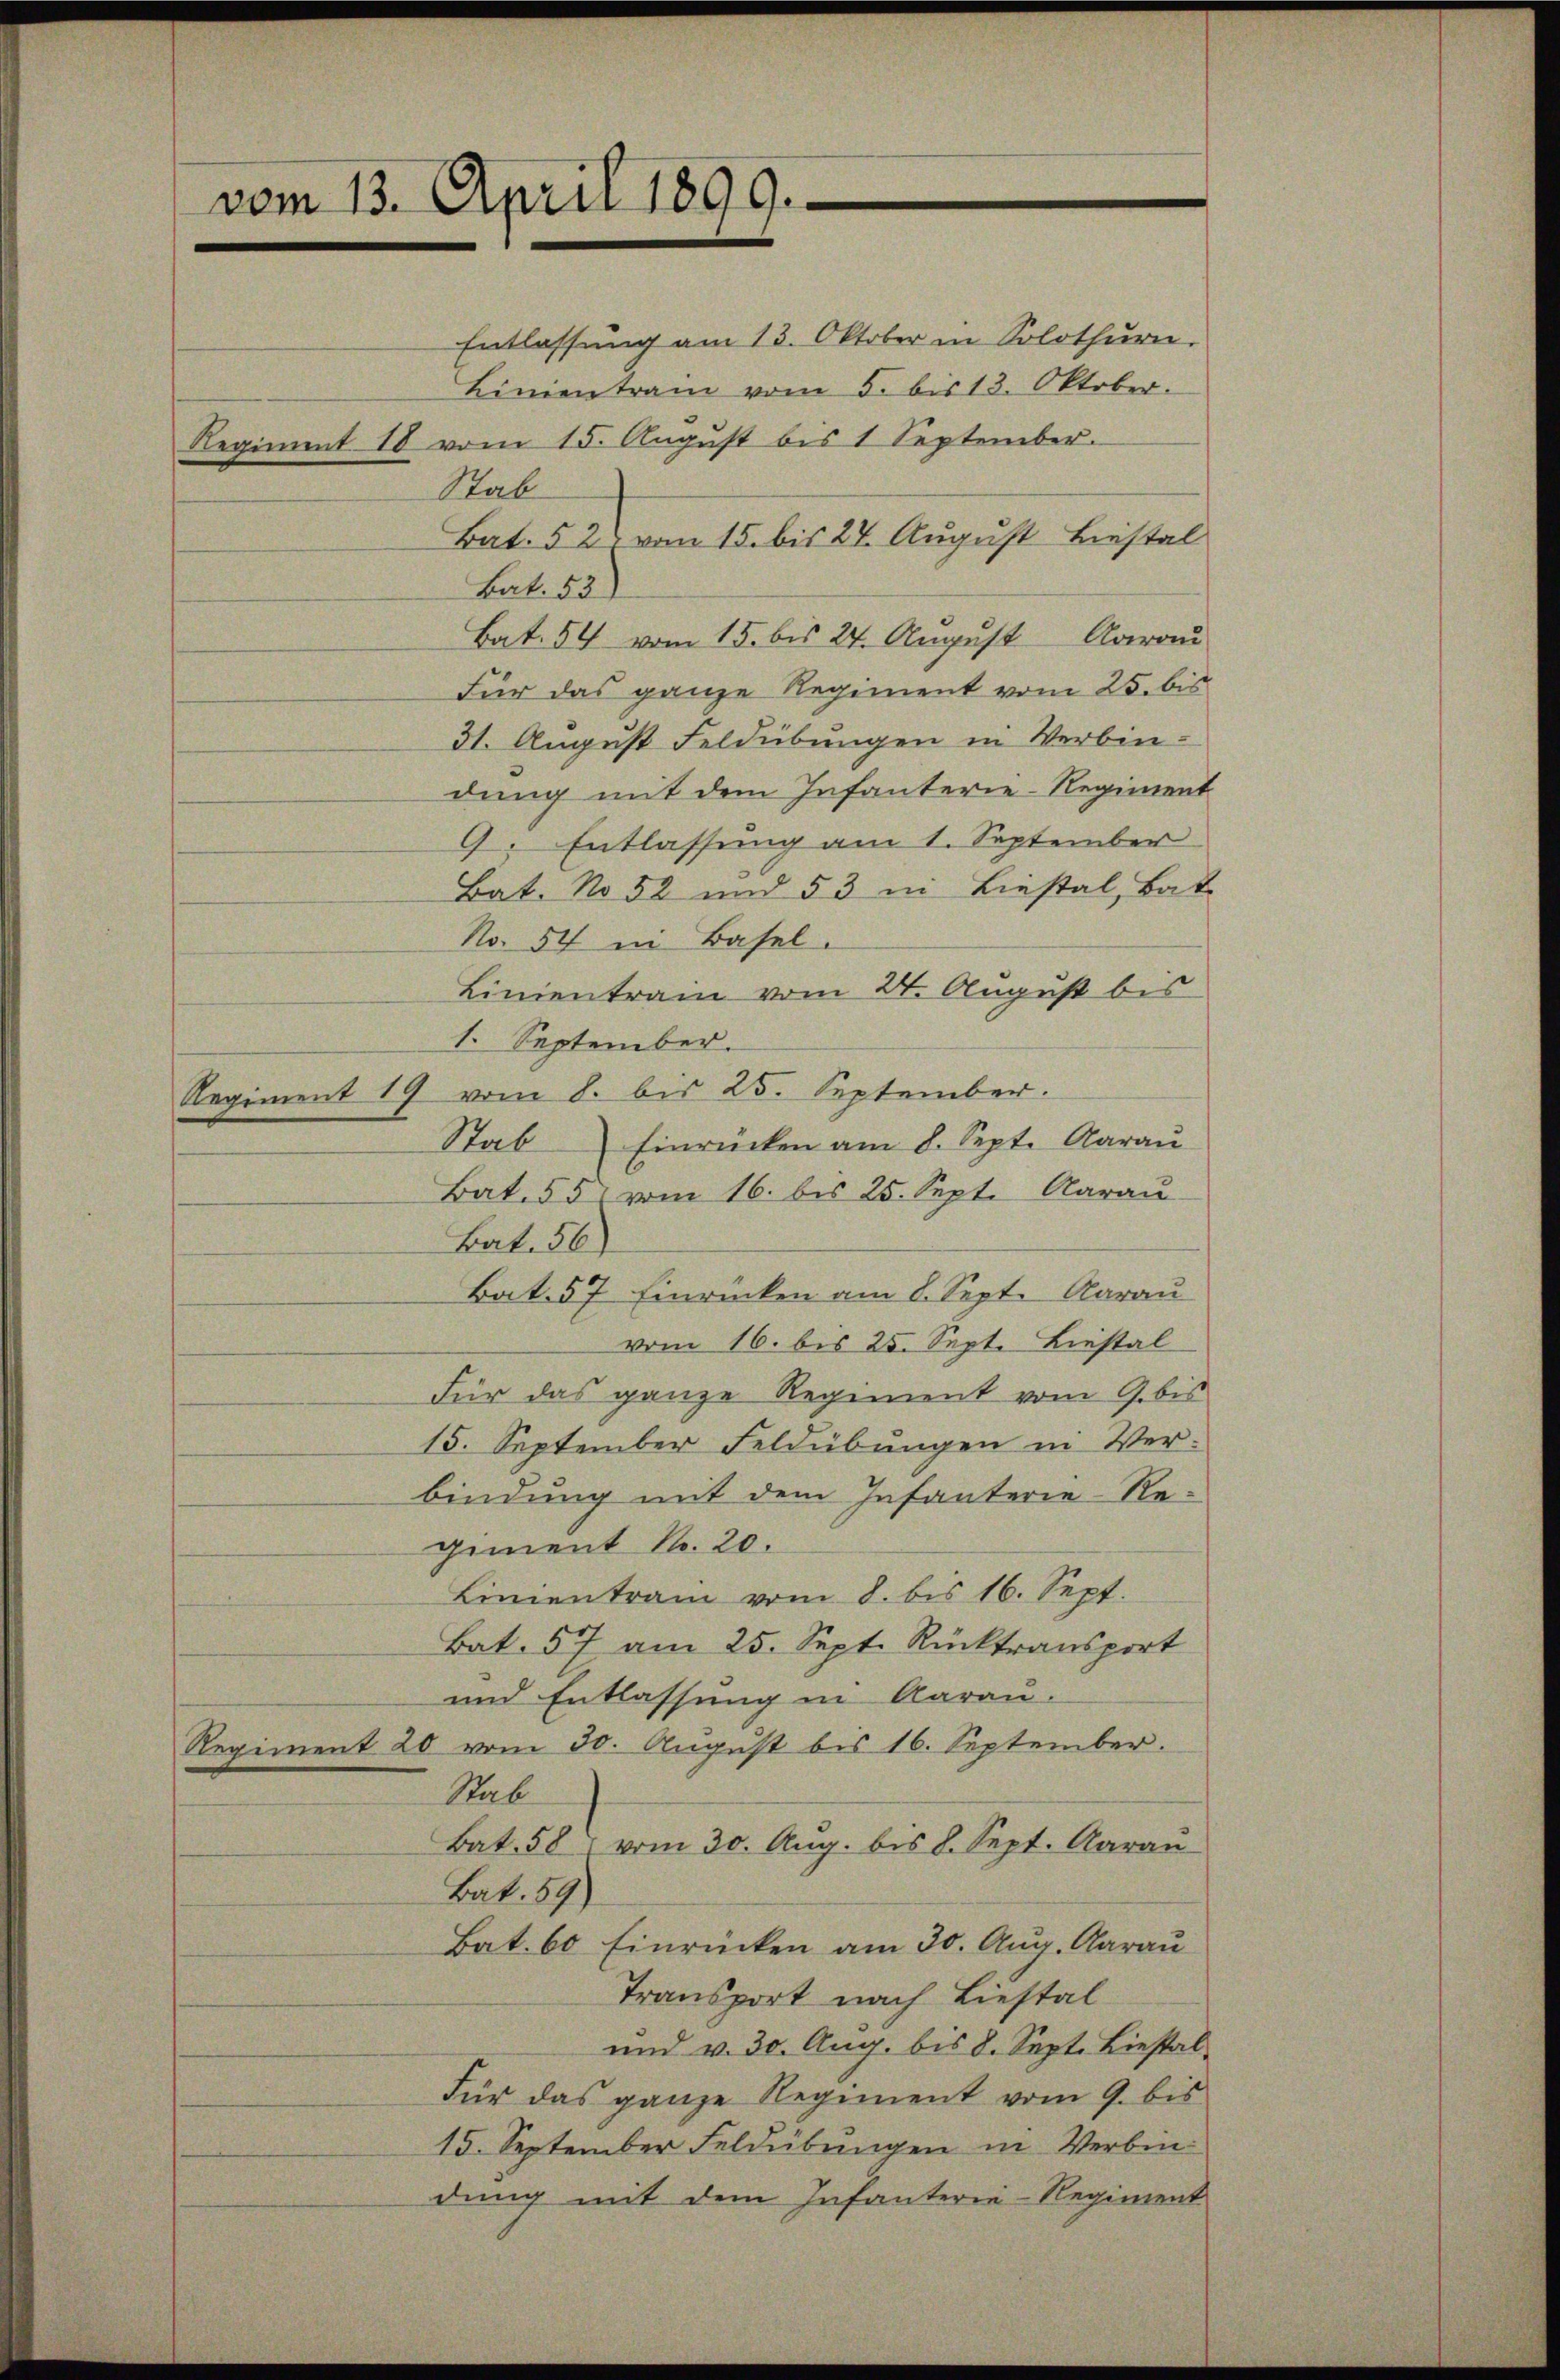
vom 13. April 1899.

Entlassung am 13. Oktober in Solothurn.
Linientram vom 5. bis 13. Oktober.
Regiment 18 vom 15. Aŭgŭst bis 1 September.
Stab
Bat. 52, vom 15. bis 27. August Liestal
Bat. 52)
Bat. 54 vom 15. bis 24. August Aarau
Für das ganze Regiment vom 25. bis
31. August Feldübungen in Verbindung mit dem Infanterie-Regiment
9. Entlassung am 1. September
Bat. No 52 und 53 in Liestal, Bat
No. 54 in Basel.
Linientrain vom 24. August bis
1. September.
Regiment 19 vom 8. bis 25. September.
Stab Einrücken am 8. Sept. Aarau
Bat. 551 vom 16. bis 25. Sept. Aarau
Bat. 56)
Bat. 57. Einrücken am 8. Sept. Aarau
vom 16. bis 25. Sept. Liestal
Für das ganze Regiment vom 9. bis
15. September Feldübungen in Verbindung mit dem Infanterie-Re-
giment Nr. 20.
Linientrain vom 8. bis 16. Sept.
Bat. 57 am 25. Sept. Rücktransport
und Entlassung in Aarau.
Regiment 20 vom 30. August bis 16. September.
Rab
Bat. 58 vom 30. Aug. bis 8. Sept. Aarau
Bat. 59)
Bat. 60 Einrücken am 30. Aug. Aarau
Transport nach Liestal
und v. 30. Aug. bis 8. Sept. Liestal
Für das ganze Regiment vom 9. bis
15. September Feldübungen in Verbin
dung mit dem Infanterie-Regiment